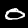
Digit: 0